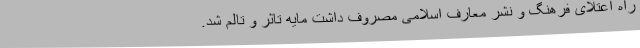
راه اعتلای فرهنگ و نشر معارف اسلامی مصروف داشت مایه تاثر و تالم شد.